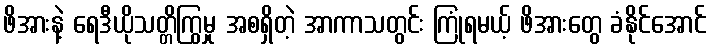
ဖိအားနဲ့ ရေဒီယိုသတ္တိကြွမှု အစရှိတဲ့ အာကာသတွင်း ကြုံရမယ့် ဖိအားတွေ ခံနိုင်အောင်